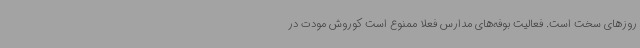
روزهای سخت است. فعالیت بوفه‌های مدارس فعلا ممنوع است کوروش مودت در